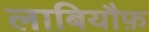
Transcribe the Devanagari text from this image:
लाबियौफ़